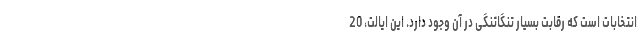
انتخابات است که رقابت بسیار تنگاتنگی در آن وجود دارد. این ایالت، 20